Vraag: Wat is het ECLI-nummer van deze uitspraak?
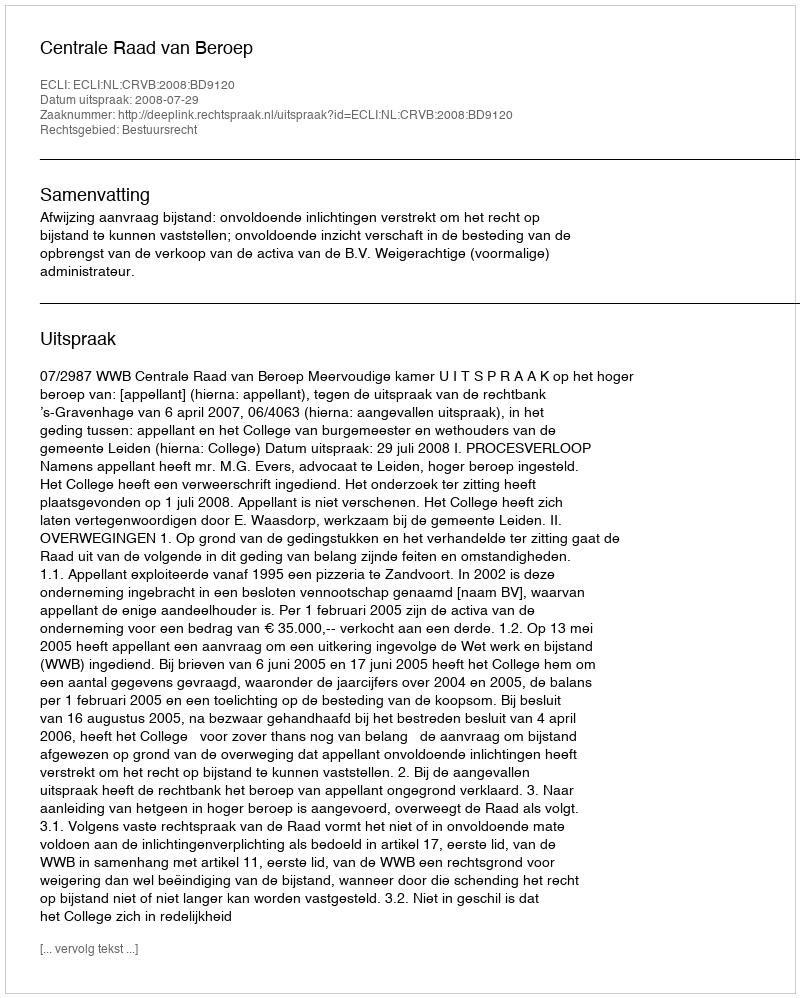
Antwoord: ECLI:NL:CRVB:2008:BD9120